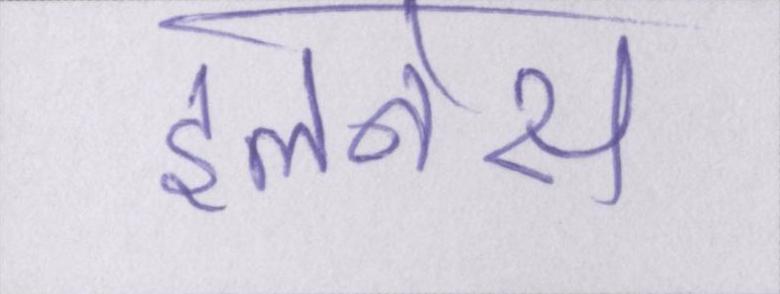
इलनेस